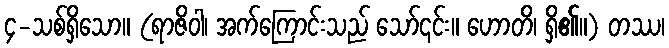
၄-သစ်ရှိသော။ (ရာဇိဝါ၊ အက်ကြောင်းသည် သော်၎င်း။ ဟောတိ၊ ရှိ၏။) တဿ၊